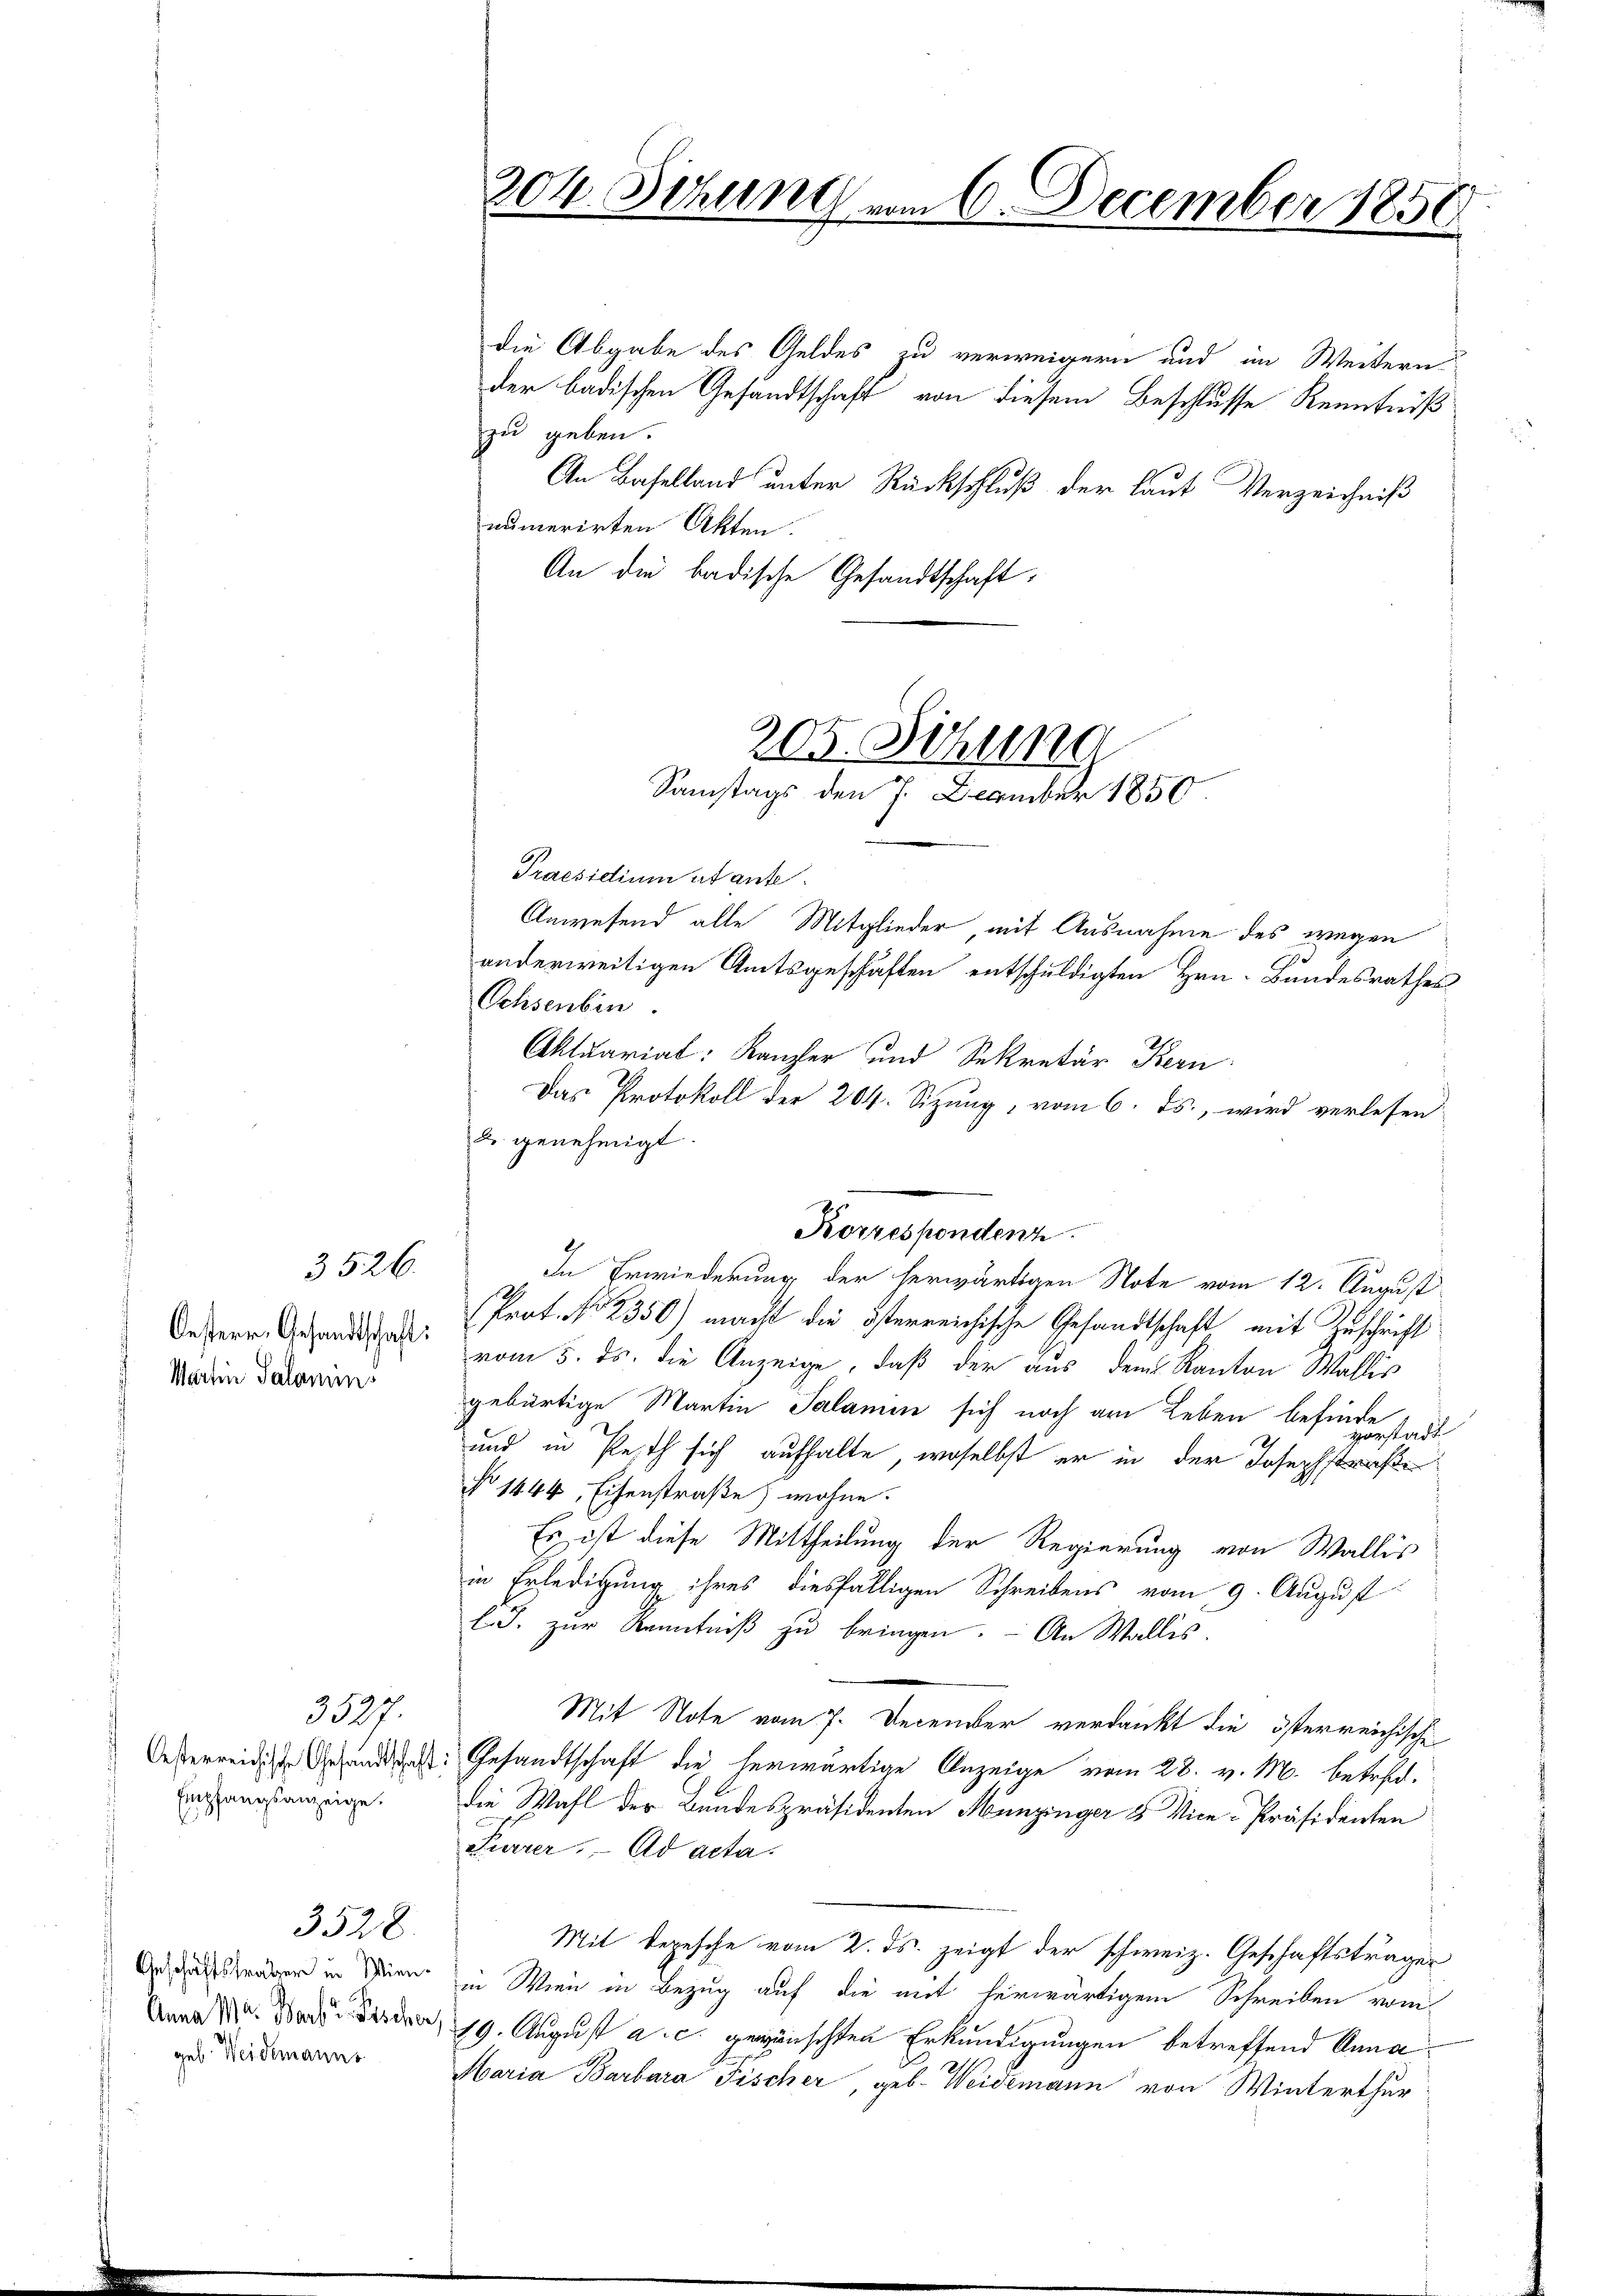
Oesterr. Gesandtschaft:
Martin Salamins

3526.

Empfangsanzeige.

3537.

Anschäftstraber in Wiengeb. Weidemanns

3528.

304. Schant vom 6. December 1858

205. Sitzung
Samstags den 7. December 1850.

Praesidium utante.
Anwesend alle Mitglieder, mit Ausnahme des wegen
G
anderweitigen Amtsgeschäften entschuldigten Hrn. Bundesrathes
Ochsenbin.
Aktuariat: Kanzler und Sekretär Kern
Das Protokoll der 204. Sizung, vom 6. ds., wird verlesen
u genehmigt.
Korrespondenz.
In Erwiederung der herwärtigen Note vom 12. August
Prot. No 2350) macht die österreichische Gesandtschaft, mit Zuschrift
vom 5. ds. die Anzeige, daß der aus dem Kanton Wallis
gebürtige Martin Salamen sich noch am Leben befinde
vorstadt
und in Pesth sich aufhalte, woselbst er in der Josephstraße
No 1444, Eisenstraße wohne.
Es ist diese Mittheilung der Regierung von Wallis
in Erledigung ihres diesfälligen Schreibens vom 9. August
l.J. zur Kenntniß zu bringen. – An Wallis.
Mit Note vom 7. December verdankt die österreichische
Oberein Gesandtschaft die herwärtige Anzeige vom 28. v. M. betref¬
Die Wahl der Bundespräsidenten Munzinger & Vice-Präsidenten
Furrer. Ad acta.
Mit Depesche vom 2. ds. zeigt der schweiz. Geschäftsträger
in Wien in Bezug auf die mit herwärtigem Schreiben vom
Dan 1. Da den 19. August a. c. gewünschten Erkundigungen betreffend Anna
Maria Barbara Fischer, geb. Weidemann von Winterthur

die Abgabe des Geldes zu verweigern und im Weitern
der badischen Gesandtschaft von diesem Beschlusse Kenntniß
zu geben.
An Baselland unter Rückschluß der laut Verzeichniß
numerirten Akten.
An die badische Gesandtschaft,